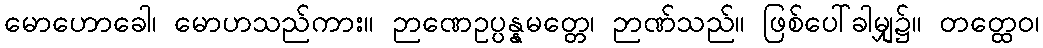
မောဟောခေါ၊ မောဟသည်ကား။ ဉာဏေဥပ္ပန္နမတ္တေ၊ ဉာဏ်သည်။ ဖြစ်ပေါ်ခါမျှ၌။ တတ္ထေဝ၊